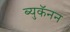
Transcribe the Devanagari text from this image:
ब्युकॅनन